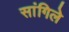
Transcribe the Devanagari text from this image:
सांगिले